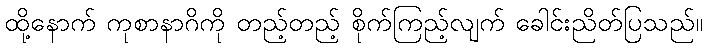
ထို့နောက် ကုစာနာဂိကို တည့်တည့် စိုက်ကြည့်လျက် ခေါင်းညိတ်ပြသည်။